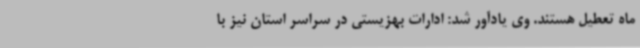
ماه تعطیل هستند. وی یادآور شد: ادارات بهزیستی در سراسر استان نیز با